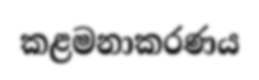
කළමනාකරණය